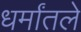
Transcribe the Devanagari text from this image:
धर्मांतले